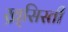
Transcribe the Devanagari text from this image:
ख्र्सिस्ती